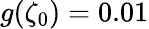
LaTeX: g(\zeta_{0})=0.01